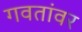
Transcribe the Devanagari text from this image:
गवतांवर